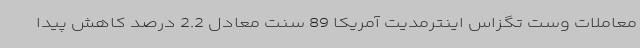
معاملات وست تگزاس اینترمدیت آمریکا 89 سنت معادل 2.2 درصد کاهش پیدا